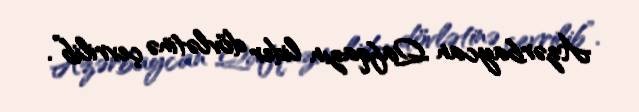
Azərbaycan Qafqazın lider dövlətinə çevrilib”.